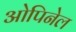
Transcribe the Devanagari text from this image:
ओपिनेल